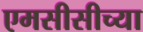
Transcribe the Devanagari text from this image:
एमसीसीच्या